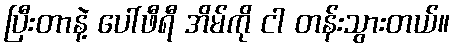
ပြီးတာနဲ့ ပေါ်ဖီရီ အိမ်ကို ငါ တန်းသွားတယ်။